Report on vaccination in the Province of Bengal - 1869-1873
Year: 1869
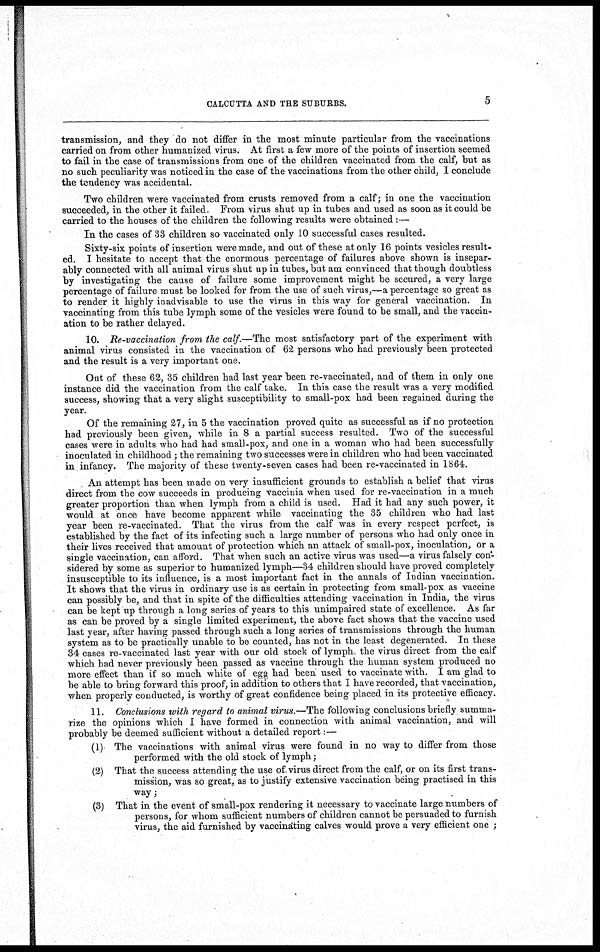
CALCUTTA AND THE SUBURBS.
5
transmission, and they do not differ in the most minute particular from the vaccinations
carried on from other humanized virus. At first a few more of the points of insertion seemed
to fail in the case of transmissions from one of the children vaccinated from the calf, but as
no such peculiarity was noticed in the case of the vaccinations from the other child, I conclude
the tendency was accidental.
Two children were vaccinated from crusts removed from a calf; in one the vaccination
succeeded, in the other it failed. From virus shut up in tubes and used as soon as it could be
carried to the houses of the children the following results were obtained :—
In the cases of 33 children so vaccinated only 10 successful cases resulted.
Sixty-six points of insertion were made, and out of these at only 16 points vesicles result-
ed. I hesitate to accept that the enormous percentage of failures above shown is insepar-
ably connected with all animal virus shut up in tubes, but am convinced that though doubtless
by investigating the cause of failure some improvement might be secured, a very large
percentage of failure must be looked for from the use of such virus,—a percentage so great as
to render it highly inadvisable to use the virus in this way for general vaccination. In
vaccinating from this tube lymph some of the vesicles were found to be small, and the vaccin-
ation to be rather delayed.
10. Re-vaccination from the calf.—The most satisfactory part of the experiment with
animal virus consisted in the vaccination of 62 persons who had previously been protected
and the result is a very important one.
Out of these 62, 35 children had last year been re-vaccinated, and of them in only one
instance did the vaccination from the calf take. In this case the result was a very modified
success, showing that a very slight susceptibility to small-pox had been regained during the
year.
Of the remaining 27, in 5 the vaccination proved quite as successful as if no protection
had previously been given, while in 8 a partial success resulted. Two of the successful
cases were in adults who had had small-pox, and one in a woman who had been successfully
inoculated in childhood ; the remaining two successes were in children who had been vaccinated
in infancy. The majority of these twenty-seven cases had been re-vaccinated in 1864.
An attempt has been made on very insufficient grounds to establish a belief that virus
direct from the cow succeeds in producing vaccinia when used for re-vaccination in a much
greater proportion than when lymph from a child is used. Had it had any such power, it
would at once have become apparent while vaccinating the 35 children who had last
year been re-vaccinated. That the virus from the calf was in every respect perfect, is
established by the fact of its infecting such a large number of persons who had only once in
their lives received that amount of protection which an attack of small-pox, inoculation, or a
single vaccination, can afford. That when such an active virus was used—a virus falsely con-
sidered by some as superior to humanized lymph—34 children should have proved completely
insusceptible to its influence, is a most important fact in the annals of Indian vaccination.
It shows that the virus in ordinary use is as certain in protecting from small-pox as vaccine
can possibly be, and that in spite of the difficulties attending vaccination in India, the virus
can be kept up through a long series of years to this unimpaired state of excellence. As far
as can be proved by a single limited experiment, the above fact shows that the vaccine used
last year, after having passed through such a long series of transmissions through the human
system as to be practically unable to be counted, has not in the least degenerated. In these
34 cases re-vaccinated last year with our old stock of lymph. the virus direct from the calf
which had never previously been passed as vaccine through the human system produced no
more effect than if so much white of egg had been used to vaccinate with. I am glad to
be able to bring forward this proof, in addition to others that I have recorded, that vaccination,
when properly conducted, is worthy of great confidence being placed in its protective efficacy.
11. Conclusions with regard to animal virus.—The following conclusions briefly summa-
rize the opinions which I have formed in connection with animal vaccination, and will
probably be deemed sufficient without a detailed report:—
(1) The vaccinations with animal virus were found in no way to differ from those
performed with the old stock of lymph;
(2) That the success attending the use of virus direct from the calf, or on its first trans-
mission, was so great, as to justify extensive vaccination being practised in this
way;
(3) That in the event of small-pox rendering it necessary to vaccinate large numbers of
persons, for whom sufficient numbers of children cannot be persuaded to furnish
virus, the aid furnished by vaccinating calves would prove a very efficient one ;